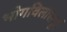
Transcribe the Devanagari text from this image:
भोगविलासपूर्व